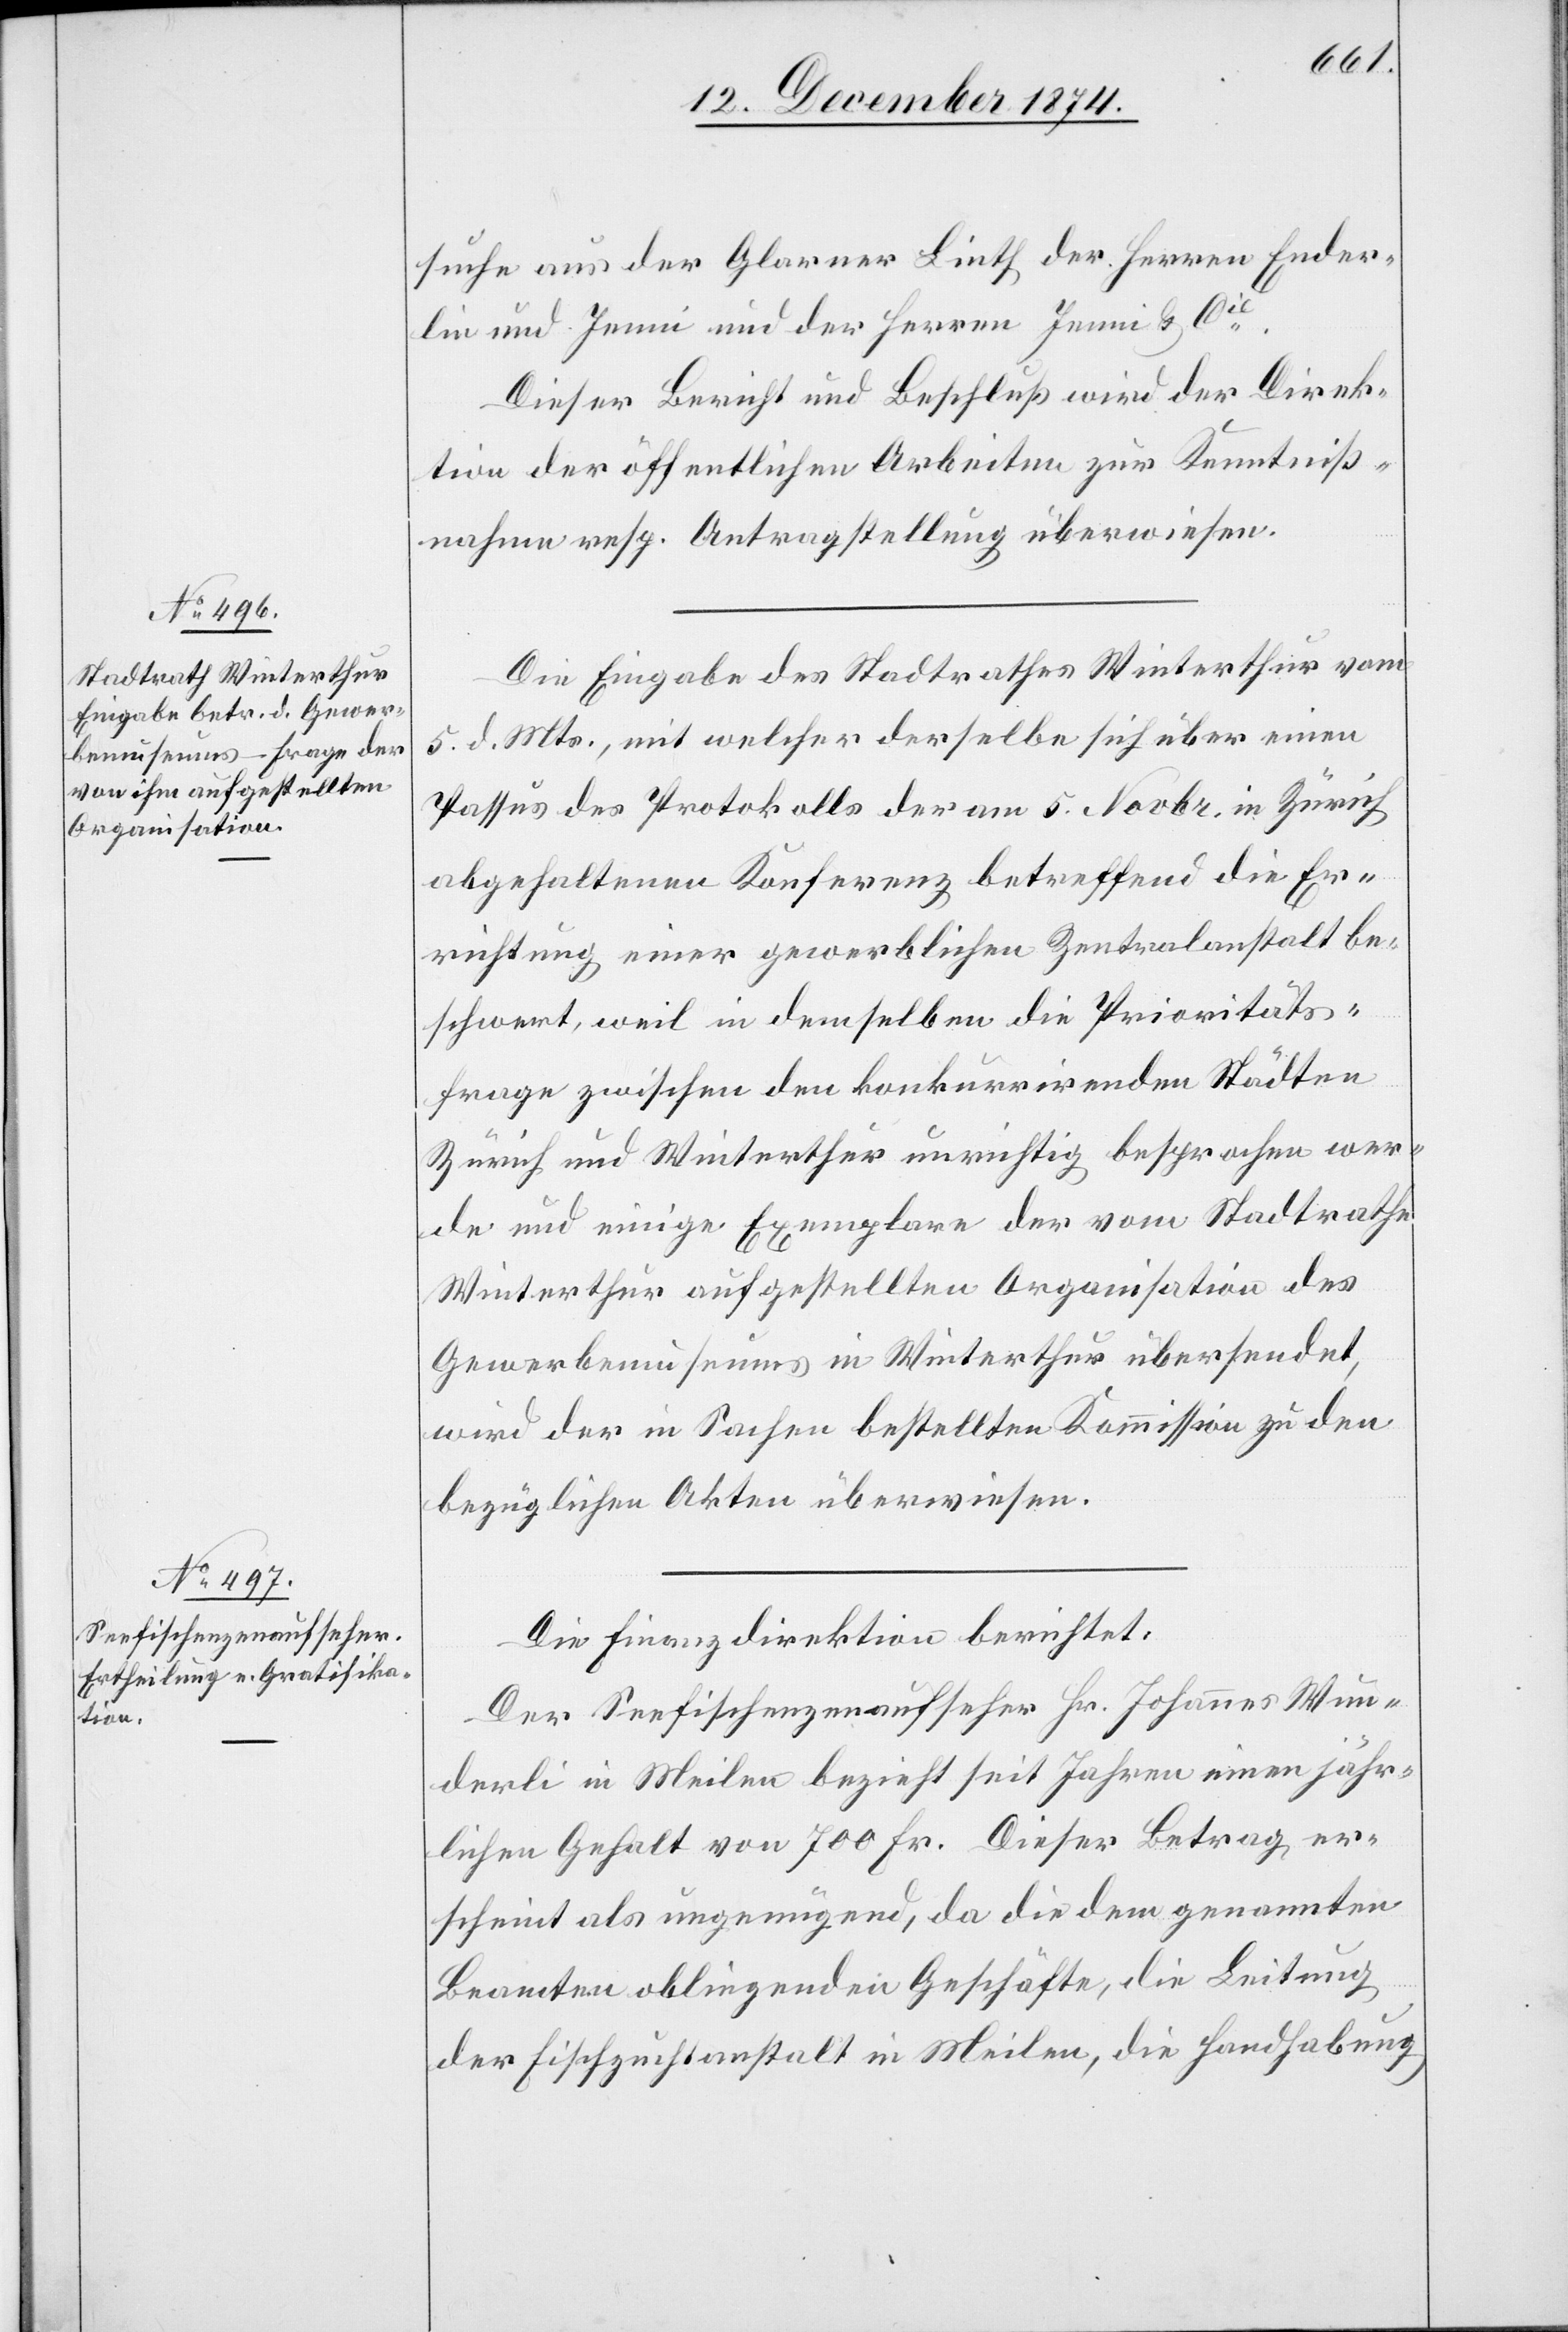
suche aus der Glarner Linth der Herren Ender¬
lin und Jenni und der Herren Jenni & Cie.
Dieser Bericht und Beschluß wird der Direk¬
tion der öffentlichen Arbeiten zur Kenntniß¬
nahme resp. Antragstellung überwiesen.
Die Eingabe des Stadtrathes Winterthur vom
5. d. Mts., mit welcher derselbe sich über einen
Passus des Protokolls der am 5. Novbr. in Zürich
abgehaltenen Konferenz betreffend die Er¬
richtung einer gewerblichen Zentralanstalt be¬
schwert, weil in demselben die Prioritäts¬
frage zwischen den konkurrirenden Städten
Zürich und Winterthur unrichtig besprochen wer¬
de und einige Exemplare der vom Stadtrathe
Winterthur aufgestellten Organisation des
Gewerbemuseums in Winterthur übersendet,
wird der in Sachen bestellten Kommission zu den
bezüglichen Akten überwiesen.
Die Finanzdirektion berichtet:
Der Seefischenzenaufseher Hr. Johannes Wun¬
derli in Meilen bezieht seit Jahren einen jähr¬
lichen Gehalt von 700 Fr. Dieser Betrag er¬
scheint als ungenügend, da die dem genannten
Beamten obliegenden Geschäfte, die Leitung
der Fischzuchtanstalt in Meilen, die Handhabung